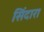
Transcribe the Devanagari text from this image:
सिंदारा